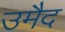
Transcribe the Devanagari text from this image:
उमैद